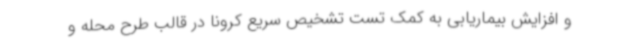
و افزایش بیماریابی به کمک تست تشخیص سریع کرونا در قالب طرح محله و